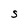
Character: S